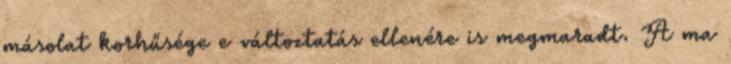
másolat korhűsége e változtatás ellenére is megmaradt. A ma